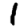
Digit: 1